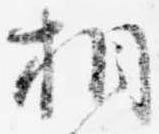
相